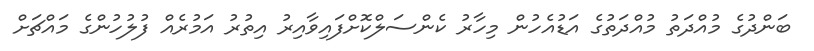
ބަންދުގެ މުއްދަތު މުއްދަތުގެ އަޑުއެހުން މިހާރު ކެންސަލްކޮށްފަައިވާއިރު އިތުރު އަމުރެއް ފުލުހުންގެ މައްޗަށް